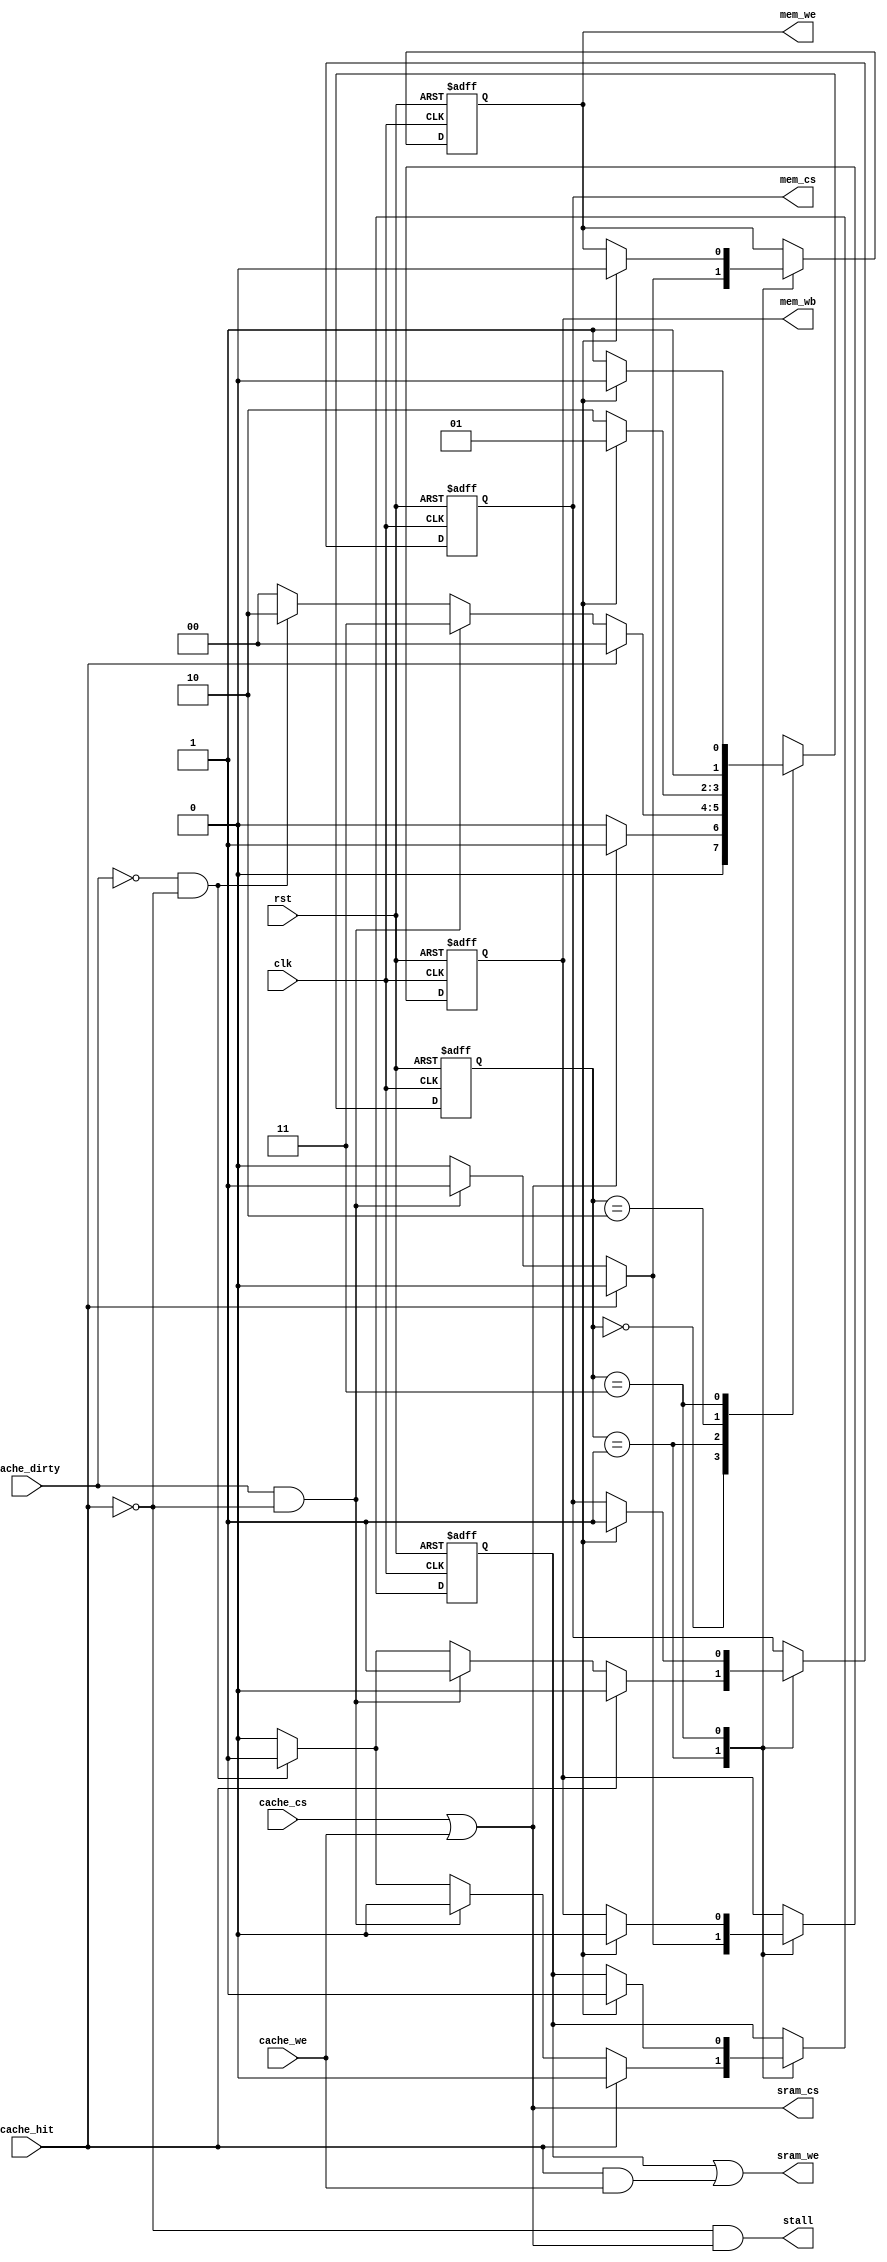
module L1_Cache_Controller
(
	input	clk,
	input	rst,
	input	cache_cs,
	input	cache_we,
	input	cache_hit,
	input	cache_dirty,
	output	sram_cs,
	output	sram_we,
	output	stall,

// external memory control signal
	output	mem_cs, 
	output	mem_we,
	output 	mem_wb
);

	// external memory input	
	wire	ext_mem_ack	= CPU.ext_mem_ack;

	// controller reg
	reg		mem_enable;
	reg		mem_write;
	reg		r_cache_we;	
	reg		write_back;

	// external memory signal assignment
	assign	mem_cs		= mem_enable;
	assign	mem_we		= mem_write;
	assign 	mem_wb		= write_back;

	//	sram control signal assignment
	wire	write_hit;
	assign	sram_cs 	= cache_cs || cache_we;	
	assign	sram_we 	= r_cache_we || write_hit;
	assign 	write_hit 	= cache_hit && cache_we;
	assign  stall 		= ~cache_hit && (cache_cs || cache_we) ;


	parameter STATE_IDLE 		= 2'd0,
			  STATE_COMPARE_TAG	= 2'd1,
			  STATE_ALLOCATE	= 2'd2,
			  STATE_WRITE_BACK	= 2'd3;

	reg		[1:0]	state;


	always @ (posedge clk or negedge rst) begin
		if(~rst) 
		begin
			state <= STATE_IDLE;
			mem_enable <= 1'b0;
			mem_write <= 1'b0;
			r_cache_we   <= 1'b0; 
			write_back <= 1'b0;
		end

		else 
		begin
			case(state)
				
				STATE_IDLE:
				begin
					if(cache_cs || cache_we)
					begin
						state <= STATE_COMPARE_TAG;
					end
					
					else
					begin
						state <= STATE_IDLE;
					end

				end

				STATE_COMPARE_TAG:
				begin
					if(cache_hit)
					begin
						mem_enable <= 1'b0;
						mem_write <= 1'b0;
						r_cache_we   <= 1'b0; 
						write_back <= 1'b0;
						state <= STATE_IDLE;
					end

					else if(cache_dirty && ~cache_hit)
					begin
						mem_enable <= 1'b1;
						mem_write <= 1'b1;
						r_cache_we   <= 1'b0; 
						write_back <= 1'b1;
						state<= STATE_WRITE_BACK;
					end

					else if(~cache_dirty && ~cache_hit)
					begin
						mem_enable <= 1'b1;
						mem_write <= 1'b0;
						r_cache_we   <= 1'b1; 
						write_back <= 1'b0;
						state <= STATE_ALLOCATE;
					end

					else
					begin
						mem_enable <= 1'b0;
						mem_write <= 1'b0;
						r_cache_we   <= 1'b0; 
						write_back <= 1'b0;
						state <= STATE_IDLE;
					end
				end
				
				STATE_ALLOCATE:
				begin
					if(ext_mem_ack)
					begin
						state <= STATE_COMPARE_TAG;
					end
					else
					begin
						state <= STATE_ALLOCATE;
					end
				end
				
				STATE_WRITE_BACK:
				begin
					if(ext_mem_ack)
					begin
						mem_enable <= 1'b1;
						mem_write <= 1'b0;
						r_cache_we   <= 1'b1; 
						write_back <= 1'b0;
						state <= STATE_ALLOCATE;
					end
					else
					begin
						state <= STATE_WRITE_BACK;
					end
				end

			endcase
		end
	end

endmodule